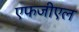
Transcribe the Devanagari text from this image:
एफजीएल